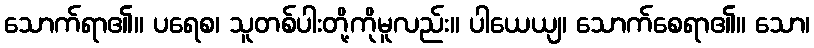
သောက်ရာ၏။ ပရေစ၊ သူတစ်ပါးတို့ကိုမူလည်း။ ပါယေယျ၊ သောက်စေရာ၏။ သော၊